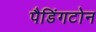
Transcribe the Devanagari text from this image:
पैडिंगटोन